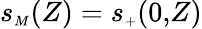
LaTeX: s_{{\scriptscriptstyle M}}(Z)=s_{{\scriptscriptstyle+}}(0,\! Z)